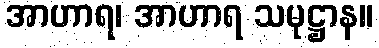
အာဟာရ၊ အာဟာရ သမုဋ္ဌာန။